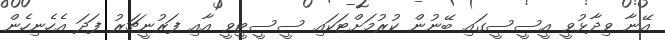
އޭނާ ވިދާޅުވީ އީސީސީގައި ބޭނުން ކުރުމަށްޓަކައި ސީސީޓީވީ އާއި ފަރުނީޗަރު ފަދަ އެހެނިހެން